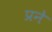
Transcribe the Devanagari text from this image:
प्रने